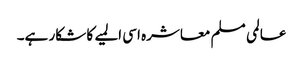
عالمی مسلم معاشرہ اسی المیے کا شکار ہے۔